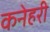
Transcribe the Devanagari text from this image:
कनेहरी